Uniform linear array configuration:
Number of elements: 16
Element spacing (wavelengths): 1
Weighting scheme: blackman
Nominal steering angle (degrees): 45
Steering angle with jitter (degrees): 44.863
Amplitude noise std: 0.05
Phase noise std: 0.05

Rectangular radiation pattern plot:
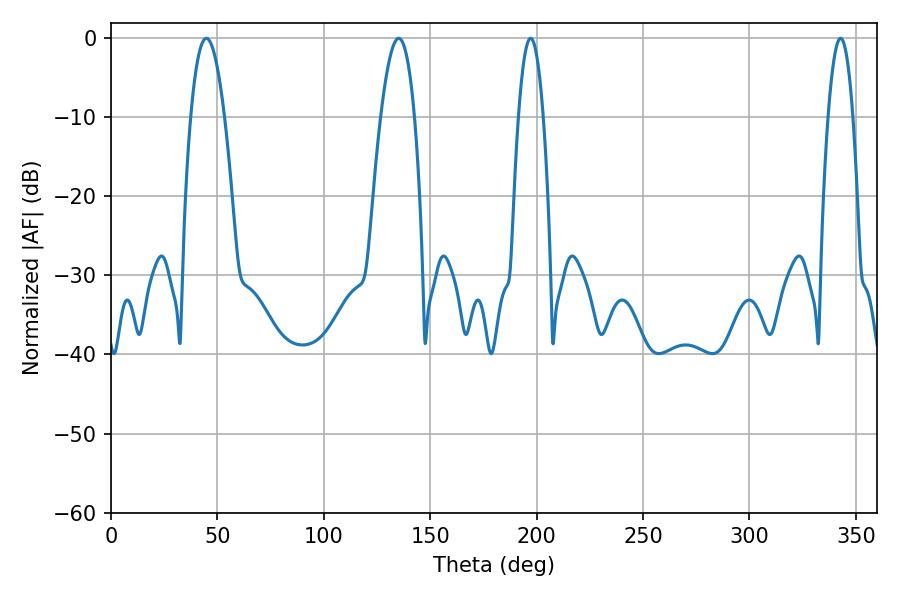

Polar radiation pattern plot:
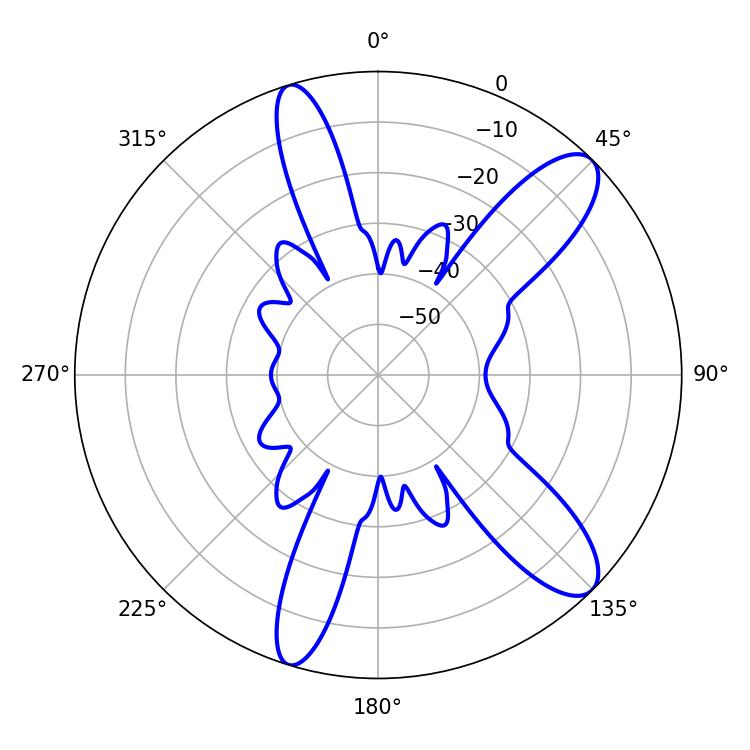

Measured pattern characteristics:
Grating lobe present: TRUE
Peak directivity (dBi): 10.96
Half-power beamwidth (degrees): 8.64
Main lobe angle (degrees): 44.82